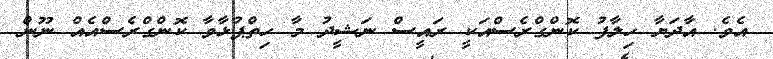
އެވެ. އާދަޔާ ހިލާފު ކޮންގްރެސްއަކީ ރައީސް ނަޝީދު މާ ހިތްޕުޅާވާ ކޮންގްރެސްއެއް ނޫން